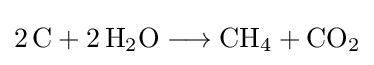
{2\,\mathrm {C} {}+{}2\,\mathrm {H} {\vphantom {A}}_{\smash[{t}]{2}}\mathrm {O} {}\mathrel {\longrightarrow } {}\mathrm {CH} {\vphantom {A}}_{\smash[{t}]{4}}{}+{}\mathrm {CO} {\vphantom {A}}_{\smash[{t}]{2}}}